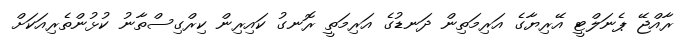
ރާއްޖޭ ޕެނަލްޓީ އޭރިޔާގެ އަރިމަތިން ދަނޑުގެ އަރިމަތީ ރޮނގު ކައިރިން ކިރްގިސްތާނު ކުޅުންތެރިއަކަށް